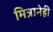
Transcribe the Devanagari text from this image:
मित्रानेही